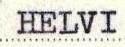
HELVI